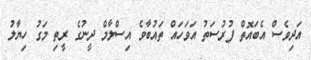
އަދިވެސް އެބައޮތް ފުރުސަތު އަވަހައް ތައުބާވެ އިސްލާމް ދީނުގެ ރީތި މަގު ހިޔާލު